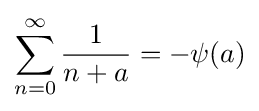
\sum _{n=0}^{\infty }{\frac {1}{n+a}}=-\psi (a)